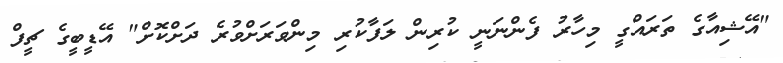
"އޭޝިއާގެ ތަރައްގީ މިހާރު ފެންނަނީ ކުރިން ލަފާކުރި މިންވަރަށްވުރެ ދަށްކޮށް" އޭޑީބީގެ ޗީފް